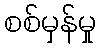
စစ်မှန်မှု